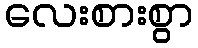
လေးစားစွာ